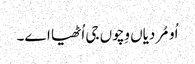
اُو مُردیاں وِچوں جی اُٹھیا اے۔